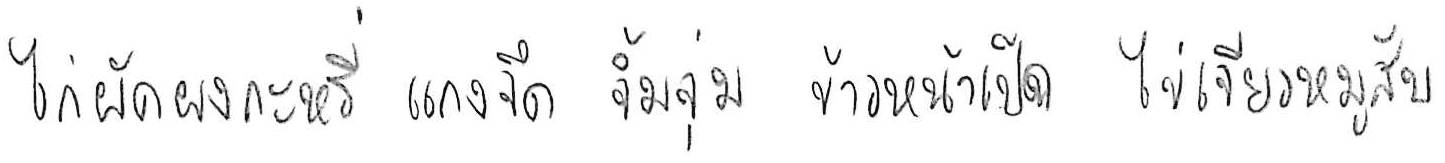
ไก่ผัดผงกะหรี่ แกงจืด จิ้มจุ่ม ข้าวหน้าเป็ด ไข่เจียวหมูสับ